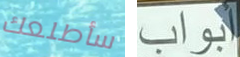
سأطلعك أبواب